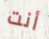
أنت